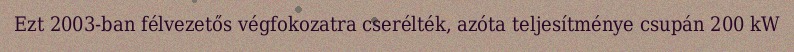
Ezt 2003-ban félvezetős végfokozatra cserélték, azóta teljesítménye csupán 200 kW